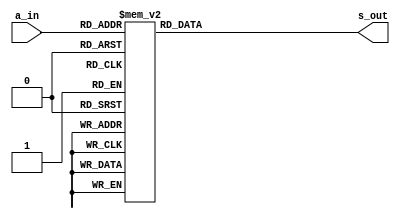
module Seg7_integer(a_in , s_out);
  input [3:0] a_in;
  output [7:0] s_out;

  reg [7:0] temp;
  assign s_out = temp;
  always @(a_in) begin
  	case (a_in)
  	                  /*segdp ~ seg a*/
  	  4'b0000: temp = 8'b00111111;
  	  4'b0001: temp = 8'b00000110;
  	  4'b0010: temp = 8'b01011011;
  	  4'b0011: temp = 8'b01001111;
  	  4'b0100: temp = 8'b01100110;
  	  4'b0101: temp = 8'b01101101;
  	  4'b0110: temp = 8'b01111101;
  	  4'b0111: temp = 8'b00100111;
  	  4'b1000: temp = 8'b01111111;
  	  4'b1001: temp = 8'b01101111;
  	  default: temp = 8'b00000000;
  	endcase
  end
endmodule